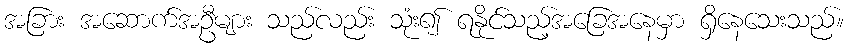
အခြား အဆောက်အဦများ သည်လည်း သုံး၍ ရနိုင်သည့်အခြေအနေမှာ ရှိနေသေးသည်။